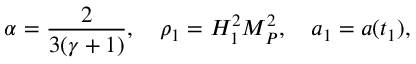
\alpha = \frac { 2 } { 3 ( \gamma + 1 ) } , ~ ~ ~ \rho _ { 1 } = H _ { 1 } ^ { 2 } M _ { P } ^ { 2 } , ~ ~ ~ a _ { 1 } = a ( t _ { 1 } ) ,